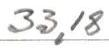
33,18